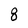
Character: 8